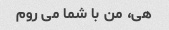
هی، من با شما می روم